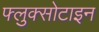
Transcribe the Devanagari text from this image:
फ्लुक्सोटाइन